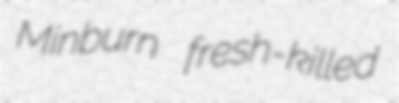
Minburn fresh-killed